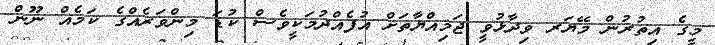
މީގެ އިތުރުން މޭޔަރ ވިދާޅުވީ ޖަމިއްޔާތަށް އުފެއްދުމަކީވެސް ކުޑަ މިންވަރެއްގެ ކަމެއް ނޫން